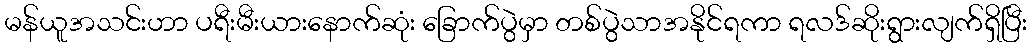
မန်ယူအသင်းဟာ ပရီးမီးယားနောက်ဆုံး ခြောက်ပွဲမှာ တစ်ပွဲသာအနိုင်ရကာ ရလဒ်ဆိုးရွားလျက်ရှိပြီး